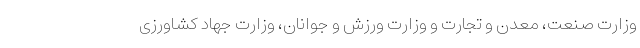
وزارت صنعت، معدن و تجارت و وزارت ورزش و جوانان، وزارت جهاد کشاورزی